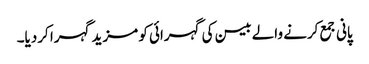
پانی جمع کرنے والے بیسن کی گہرائی کو مزید گہرا کردیا۔